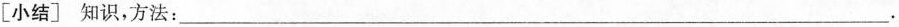
[小结」 知识，方法：___ .